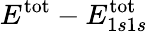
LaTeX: E^{\mathrm{tot}}-E_{1s1s}^{\textrm{tot}}